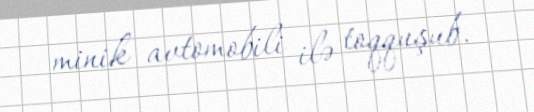
minik avtomobili ilə toqquşub.